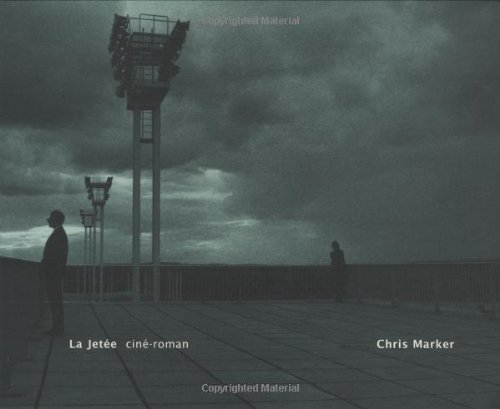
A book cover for La JetÃ©e: cinÃ©-roman; Chris Marker; Humor & Entertainment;